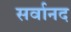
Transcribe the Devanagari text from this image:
सर्वानद